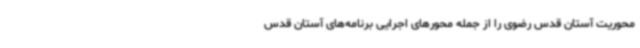
محوریت آستان قدس رضوی را از جمله محورهای اجرایی برنامه‌های آستان قدس